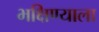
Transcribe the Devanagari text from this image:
भक्षिण्याला